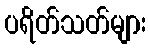
ပရိတ်သတ်များ